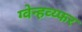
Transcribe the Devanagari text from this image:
ग्वेन्हव्य्फर